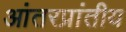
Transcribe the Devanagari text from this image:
आंतरप्रांतीय